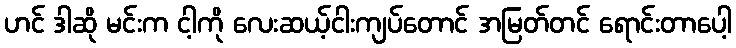
ဟင် ဒါဆို မင်းက ငါ့ကို လေးဆယ့်ငါးကျပ်တောင် အမြတ်တင် ရောင်းတာပေါ့